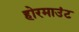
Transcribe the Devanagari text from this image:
होरमाउंट